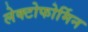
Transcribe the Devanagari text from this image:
लेक्टोफोर्मिन